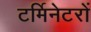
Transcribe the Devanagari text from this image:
टर्मिनेटरों